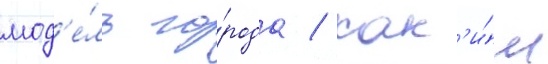
мод'е́ль го́рода / как'и́м